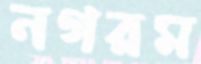
নগরম